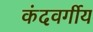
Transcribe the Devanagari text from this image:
कंदवर्गीय